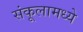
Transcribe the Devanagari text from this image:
संकूलामध्ये